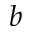
b